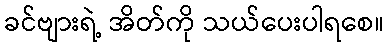
ခင်ဗျားရဲ့ အိတ်ကို သယ်ပေးပါရစေ။